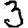
Digit: 3